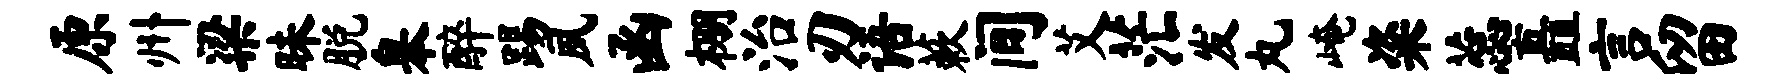
原州梁昧脱皋醉踢夙函棚治刃语蔌间艾茫发丸崦粢蕊矗言留